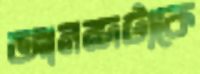
আনন্দটাকে